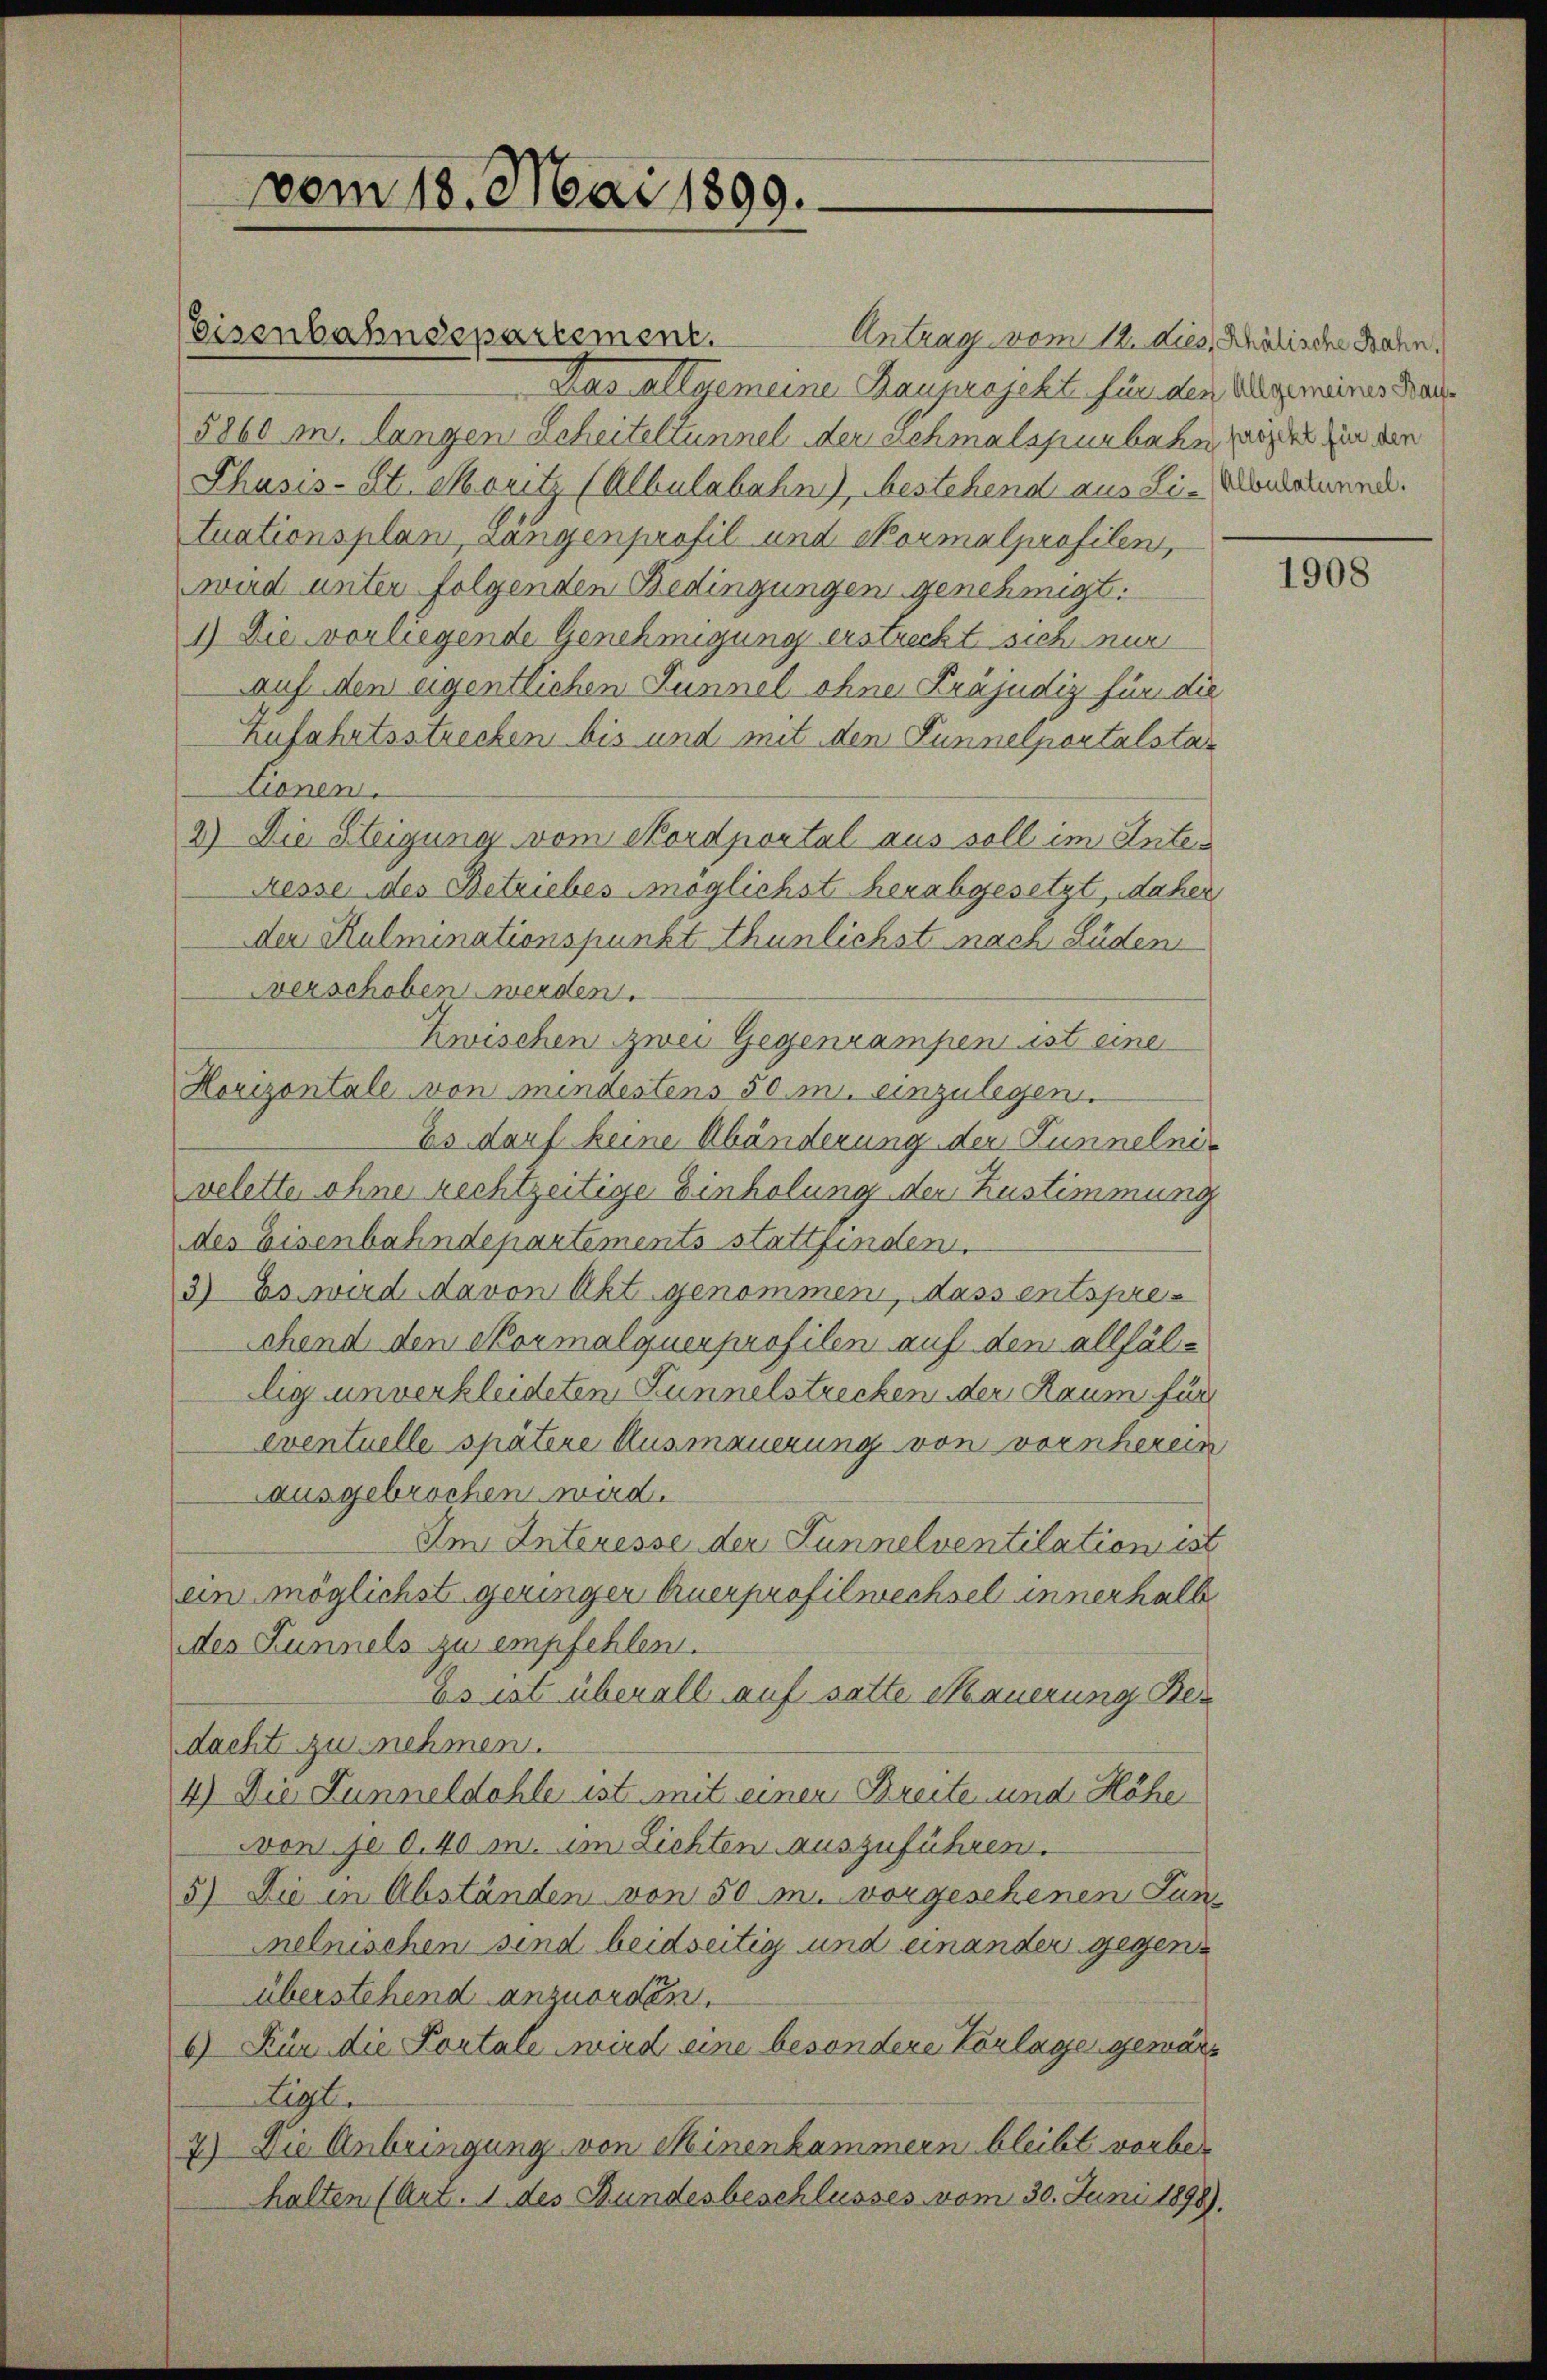
vom 18. Mai 1899.

Eisenbahndepartement.

Antrag vom 12. dies Salische Bahn.
Das allgemeine Rauprojekt fünden allgemeines Braute
5860 m langen Scheiteltunnel der Schmalspurbahn, oder in den
Phasis-St. Moritz (Albulabahn, Aestehend aus Lie-Monaturnd.
tuationsplan, Langenprofil und Normalprofilen,
wird unter folgenden Bedingungen genehmigt.
1) Die vorliegende Genehmigung erstreckt sich nur
Auf den eigentlichen Funnel ohne Präjudiz für die
Zufahrtsstrechen bis und mit den Lunnelportalsta-
tionen.
2) Die Steigung vom Nordportal aus soll im Inter
Resse des Betriebes möglichst herabgesetzt, daher
der Kulminationspunkt thunlichst nach Süden
verschoben werden.
Zwischen zwei Gegenrampen ist eine
Horizontale von mindestens 50 m. einzulegen.
Es darf keine Abänderung der Lunnelnivelette ohne rechtzeitige Einholung der Zustimmung
des Eisenbahndepartements stattfinden.
3) Es wird davon Akt genommen, dass entsprechend den Kormalquer profilen auf dem allfällig unverkleideten Sunnelstrecken der Raum für
eventuelle spätere Ausmauerung von vornherein
ausgebrochen wird.
Im Interesse der Lunnelventilation ist
ein möglichst geringer Querprofilwechsel innerhalb
des Lunnels zu empfehlen.
Es ist überall auf satte Mauerung Bedacht zu nehmen.
4) Die Funneldohle ist mit einen Breite und Höhe
von je 0.40 m. im Lichten auszuführen.
5) Die in Abständen von 50 m. vorgesehenen Jun
melnischen sind beidseitig und einander gegenüberstehend anzuorden.
6) Für die Portale wird eine besondere Vorlage gemar
Eigl.
7) Die Anbringung von Minenkammern bleibt vorbehalten (Art. 1 des Bundesbeschlusses vom 30. Juni 1898).

1908